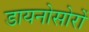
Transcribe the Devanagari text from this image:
डायनोसोरों